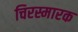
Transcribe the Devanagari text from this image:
चिरस्मारक